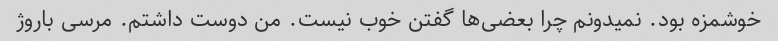
خوشمزه بود. نمیدونم چرا بعضی‌ها گفتن خوب نیست. من دوست داشتم. مرسی باروژ